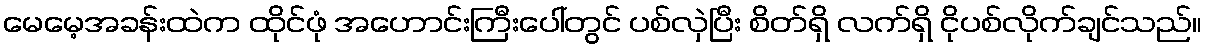
မေမေ့အခန်းထဲက ထိုင်ဖုံ အဟောင်းကြီးပေါ်တွင် ပစ်လှဲပြီး စိတ်ရှိ လက်ရှိ ငိုပစ်လိုက်ချင်သည်။